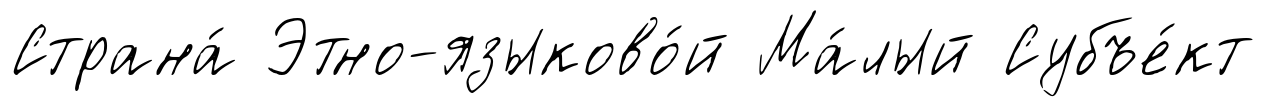
Страна́ Этно-языково́й Ма́лый Субъе́кт